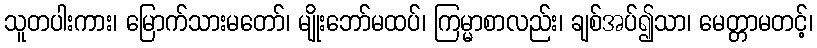
သူတပါးကား၊ မြောက်သားမတော်၊ မျိုးဘော်မထပ်၊ ကြမ္မာစာလည်း၊ ချစ်အပ်၍သာ၊ မေတ္တာမတင့်၊